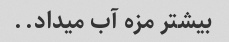
بیشتر مزه آب میداد..